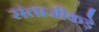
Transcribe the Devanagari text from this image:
संताजीकड़े